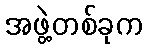
အဖွဲ့တစ်ခုက